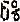
6%